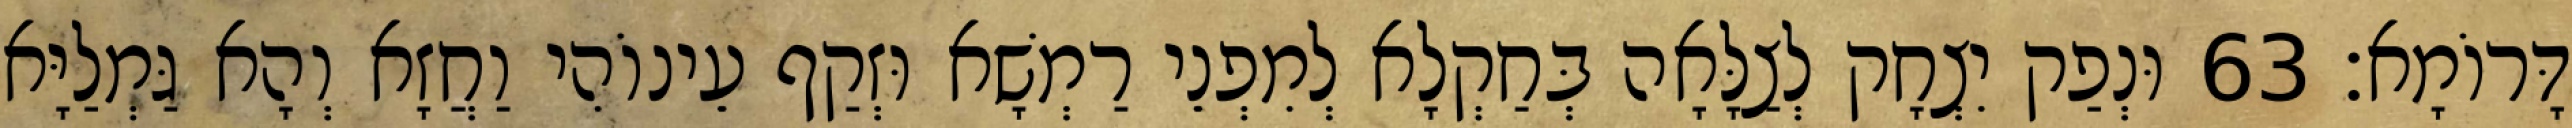
דָּרוֹמָא׃ 63 וּנְפַק יִצְחָק לְצַלָּאָה בְּחַקְלָא לְמִפְנֵי רַמְשָׁא וּזְקַף עֵינוֹהִי וַחֲזָא וְהָא גַּמְלַיָּא